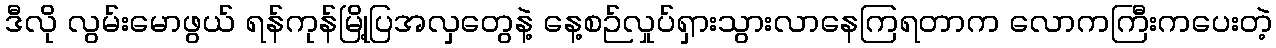
ဒီလို လွမ်းမောဖွယ် ရန်ကုန်မြို့ပြအလှတွေနဲ့ နေ့စဉ်လှုပ်ရှားသွားလာနေကြရတာက လောကကြီးကပေးတဲ့